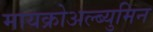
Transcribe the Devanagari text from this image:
मायक्रोअल्ब्युमिन